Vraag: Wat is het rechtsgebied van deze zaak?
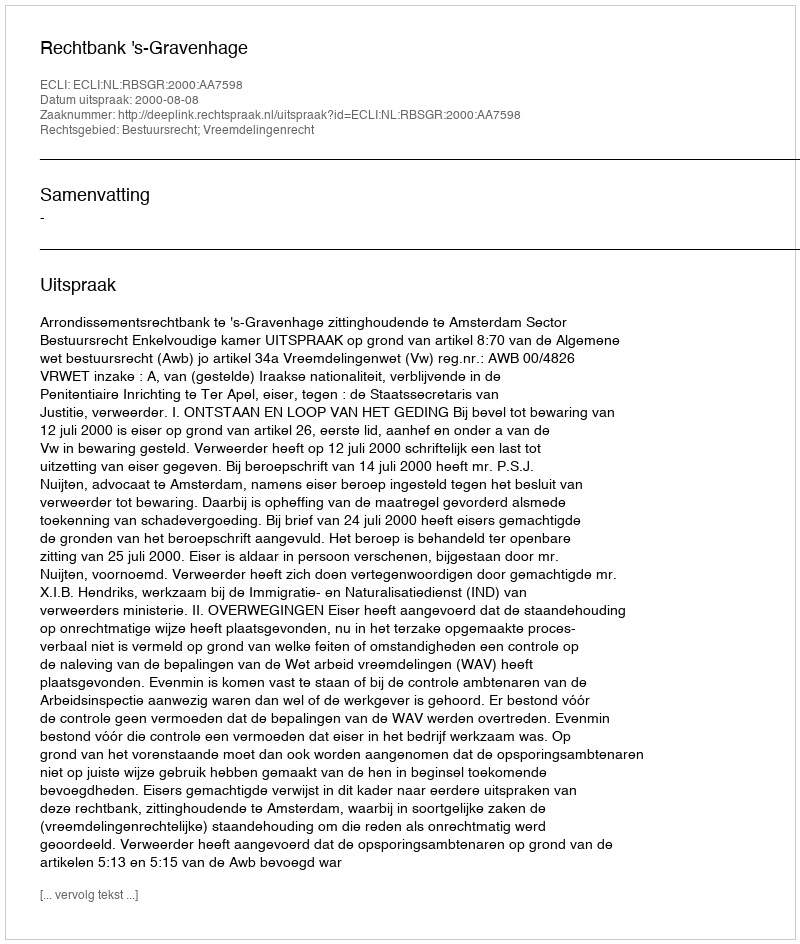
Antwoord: Bestuursrecht; Vreemdelingenrecht